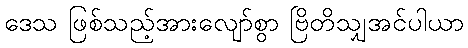
ဒေသ ဖြစ်သည့်အားလျော်စွာ ဗြိတိသျှအင်ပါယာ